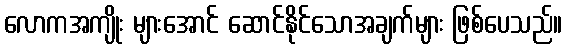
လောကအကျိုး များအောင် ဆောင်နိုင်သောအချက်များ ဖြစ်ပေသည်။